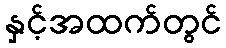
နှင့်အထက်တွင်